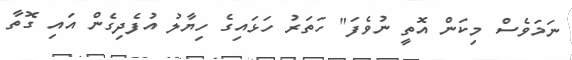
ނަމަވެސް މިކަން އޮތީ ނުވެފަ" ހަތަރު ހަޅައިގެ ހިޔާލު އުފެދިގެން އައި ގޮތާ